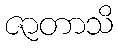
ဇာတာသိ